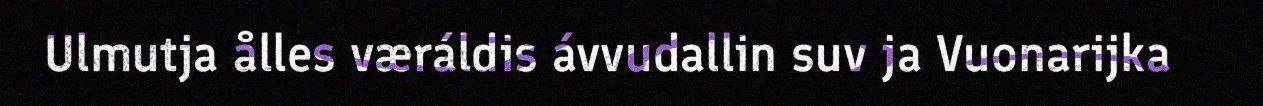
Ulmutja ålles væráldis ávvudallin suv ja Vuonarijka